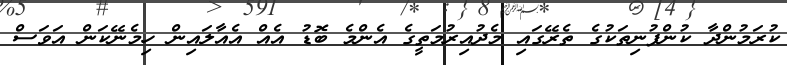
ކުރަމުންދާ ކުންފުނިތަކުގެ ތެރޭގައި މެދުއިރުމަތީގެ އެންމެ ބޮޑު އެއް އެއާލައިން ހިމެނޭކަން އަވަސް